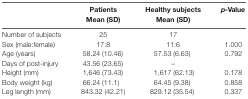
|  | Patients Mean (SD) | Healthy subjects Mean (SD) | p-Value |
 | --- | --- | --- | --- |
 | Number of subjects | 25 | 17 |  |
 | Sex (male:female) | 17:8 | 11:6 | 1.000 |
 | Age (years) | 58.24 (10.46) | 57.53 (6.63) | 0.792 |
 | Days of post-injury | 43.56 (23.65) | – |  |
 | Height (mm) | 1,646 (73.43) | 1,617 (62.13) | 0.178 |
 | Body weight (kg) | 66.24 (11.1) | 64.45 (9.38) | 0.858 |
 | Leg length (mm) | 843.32 (42.21) | 829.12 (35.54) | 0.337 |